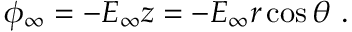
\phi _ { \infty } = - E _ { \infty } z = - E _ { \infty } r \cos \theta \ .